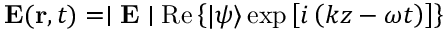
\mathbf { E } ( \mathbf { r } , t ) = \mid \mathbf { E } \mid \mathrm { R e } \left\{ | \psi \rangle \exp \left[ i \left( k z - \omega t \right) \right] \right\}